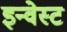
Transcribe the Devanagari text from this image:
इन्वेस्ट